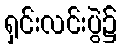
ရှင်းလင်းပွဲ၌